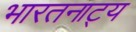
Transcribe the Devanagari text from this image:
भारतनाट्य